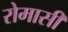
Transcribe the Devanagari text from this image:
रोमासी